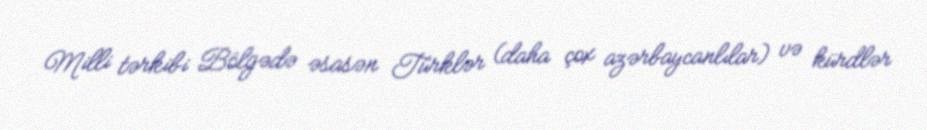
Milli tərkibi Bölgədə əsasən Türklər (daha çox azərbaycanlılar) və kürdlər